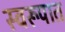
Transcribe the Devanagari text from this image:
स्‍वरूपात